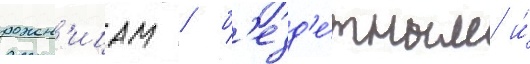
рожен'ицам / б'езд'е́тным и́